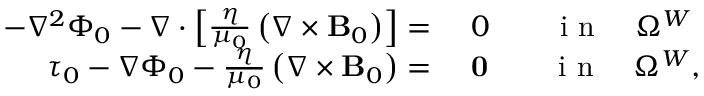
\begin{array} { r l } { - \nabla ^ { 2 } \Phi _ { 0 } - \nabla \cdot \left[ \frac { \eta } { \mu _ { 0 } } \left( \nabla \times { \mathbf B _ { 0 } } \right) \right] = } & { { } ~ 0 \qquad \mathrm { ~ i ~ n ~ } \quad \Omega ^ { W } } \\ { \boldsymbol { \tau } _ { 0 } - \nabla \Phi _ { 0 } - \frac { \eta } { \mu _ { 0 } } \left( \nabla \times { \mathbf B _ { 0 } } \right) = } & { { } ~ \mathbf { 0 } \qquad \mathrm { ~ i ~ n ~ } \quad \Omega ^ { W } , } \end{array}